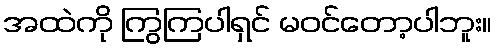
အထဲကို ကြွကြပါရှင် မဝင်တော့ပါဘူး။